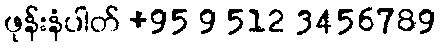
ဖုန်းနံပါတ် +95 9 512 3456789